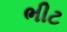
ભીટ